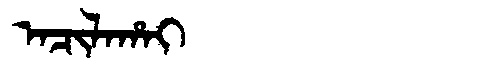
Manchu: ᠠᠴᡳᠯᠠᡥᠠᡳ
Romanization: ACILAHAI